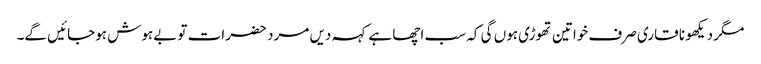
مگر دیکھو نا قاری صرف خواتین تھوڑی ہوں گی کہ سب اچھا ہے کہہ دیں مرد حضرات تو بےہوش ہوجائیں گے۔